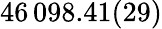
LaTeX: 46\, 098.41(29)